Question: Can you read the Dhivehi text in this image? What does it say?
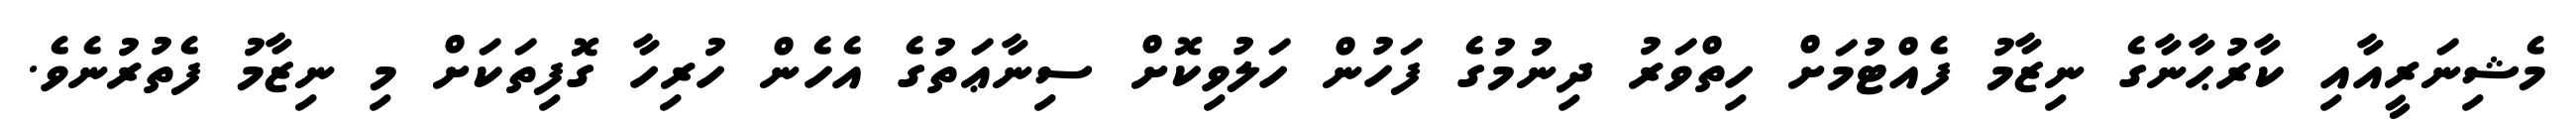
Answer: މެޝިނަރީއާއި ކާރުޙާނާގެ ނިޒާމު ފެއްޓުމަށް ހިތްވަރު ދިނުމުގެ ފަހުން ހަލުވިކޮށް ސިނާޢަތުގެ އެހެން ހުރިހާ ގޮފިތަކަށް މި ނިޒާމު ފެތުރުނެވެ.